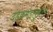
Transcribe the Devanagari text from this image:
दंडकमंडलुधरम